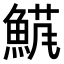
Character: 𬵘